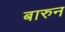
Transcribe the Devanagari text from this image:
बारुन